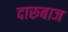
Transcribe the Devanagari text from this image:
दारुबाज